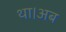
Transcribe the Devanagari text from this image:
था।अब